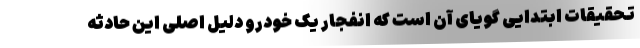
تحقیقات ابتدایی گویای آن است که انفجار یک خودرو دلیل اصلی این حادثه